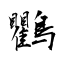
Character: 鸜